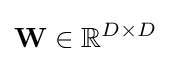
\mathbf {W} \in \mathbb {R} ^{D\times D}